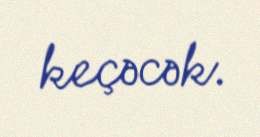
keçəcək.